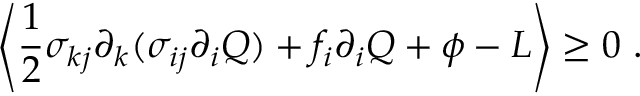
\left\langle \frac { 1 } { 2 } \sigma _ { k j } \partial _ { k } ( \sigma _ { i j } \partial _ { i } Q ) + f _ { i } \partial _ { i } Q + \phi - L \right\rangle \geq 0 \ .